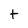
Character: t